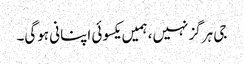
جی ہرگز نہیں، ہمیں یکسوئی اپنانی ہوگی۔